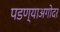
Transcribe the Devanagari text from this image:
पडण्याअगोदर